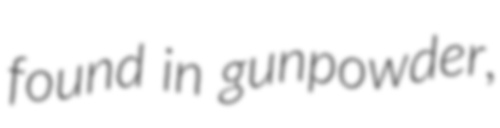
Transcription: found in gunpowder,